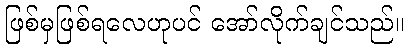
ဖြစ်မှဖြစ်ရလေဟုပင် အော်လိုက်ချင်သည်။